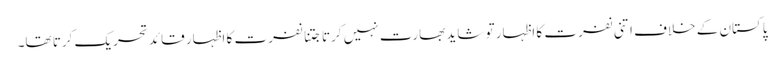
پاکستان کے خلاف اتنی نفرت کا اظہار تو شاید بھارت نہیں کرتا جتنا نفرت کا اظہار قائد تحریک کرتا تھا۔